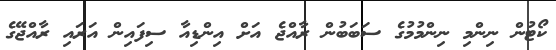
ކޯޓުން ނިންމި ނިންމުމުގެ ސަބަބުން ރާއްޖެ އަށް އިންޑިއާ ސިފައިން އަރައި ރާއްޖޭގެ